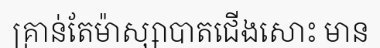
គ្រាន់តែម៉ាស្សាបាតជើងសោះ មាន